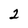
Character: 2